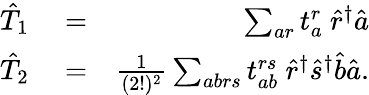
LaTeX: \begin{array}{rlr}{\hat{T}_{1}}&{{}=}&{\sum_{ar}t_{a}^{r}~\hat{r}^{\dagger}\hat{a}}\\ {\hat{T}_{2}}&{{}=}&{\frac{1}{(2!)^{2}}\sum_{abrs}t_{ab}^{rs}~\hat{r}^{\dagger}\hat{s}^{\dagger}\hat{b}\hat{a}.}\end{array}